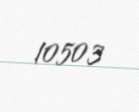
10503